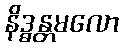
နိဒ္ဓန္တမလော